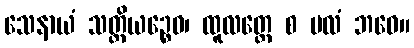
သေနာယံ သတ္တိယဉ္စေဝ၊ ထူလတ္တေ စ ဗလံ ဘဝေ။